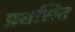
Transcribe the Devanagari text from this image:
प्रशसित